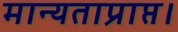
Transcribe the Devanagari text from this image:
मान्यताप्राप्त।